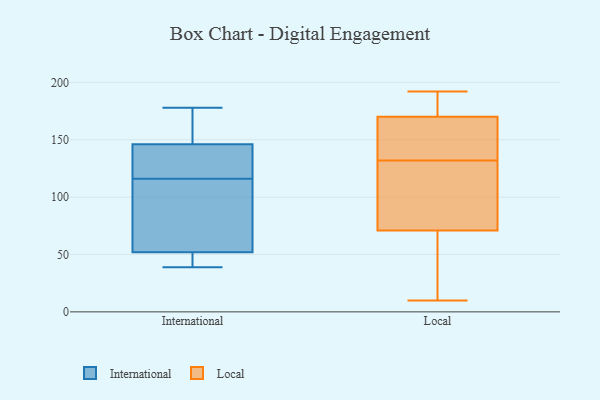
{"axis": {"x": "Demand Index", "y": "Value"}, "legend": ["International", "Local"], "data": [{"x": "", "y": 178, "type": "International"}, {"x": "", "y": 41, "type": "International"}, {"x": "", "y": 90, "type": "International"}, {"x": "", "y": 90, "type": "International"}, {"x": "", "y": 39, "type": "International"}, {"x": "", "y": 52, "type": "International"}, {"x": "", "y": 125, "type": "International"}, {"x": "", "y": 46, "type": "International"}, {"x": "", "y": 140, "type": "International"}, {"x": "", "y": 107, "type": "International"}, {"x": "", "y": 163, "type": "International"}, {"x": "", "y": 135, "type": "International"}, {"x": "", "y": 146, "type": "International"}, {"x": "", "y": 147, "type": "International"}, {"x": "", "y": 144, "type": "Local"}, {"x": "", "y": 71, "type": "Local"}, {"x": "", "y": 186, "type": "Local"}, {"x": "", "y": 14, "type": "Local"}, {"x": "", "y": 10, "type": "Local"}, {"x": "", "y": 168, "type": "Local"}, {"x": "", "y": 33, "type": "Local"}, {"x": "", "y": 80, "type": "Local"}, {"x": "", "y": 96, "type": "Local"}, {"x": "", "y": 170, "type": "Local"}, {"x": "", "y": 177, "type": "Local"}, {"x": "", "y": 50, "type": "Local"}, {"x": "", "y": 164, "type": "Local"}, {"x": "", "y": 192, "type": "Local"}, {"x": "", "y": 147, "type": "Local"}, {"x": "", "y": 81, "type": "Local"}, {"x": "", "y": 179, "type": "Local"}, {"x": "", "y": 120, "type": "Local"}]}